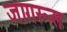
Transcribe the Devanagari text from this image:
जागरूस